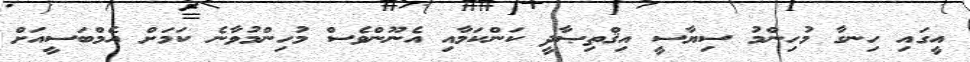
އީގައި ހިނގާ މުހިންމު ސިޔާސީ އިޤްތިޞާދީ ކަންކަމާއި އެނޫންވެސް މުހިންމުވާނެ ކަމަށް އެމްބަސީއަށް